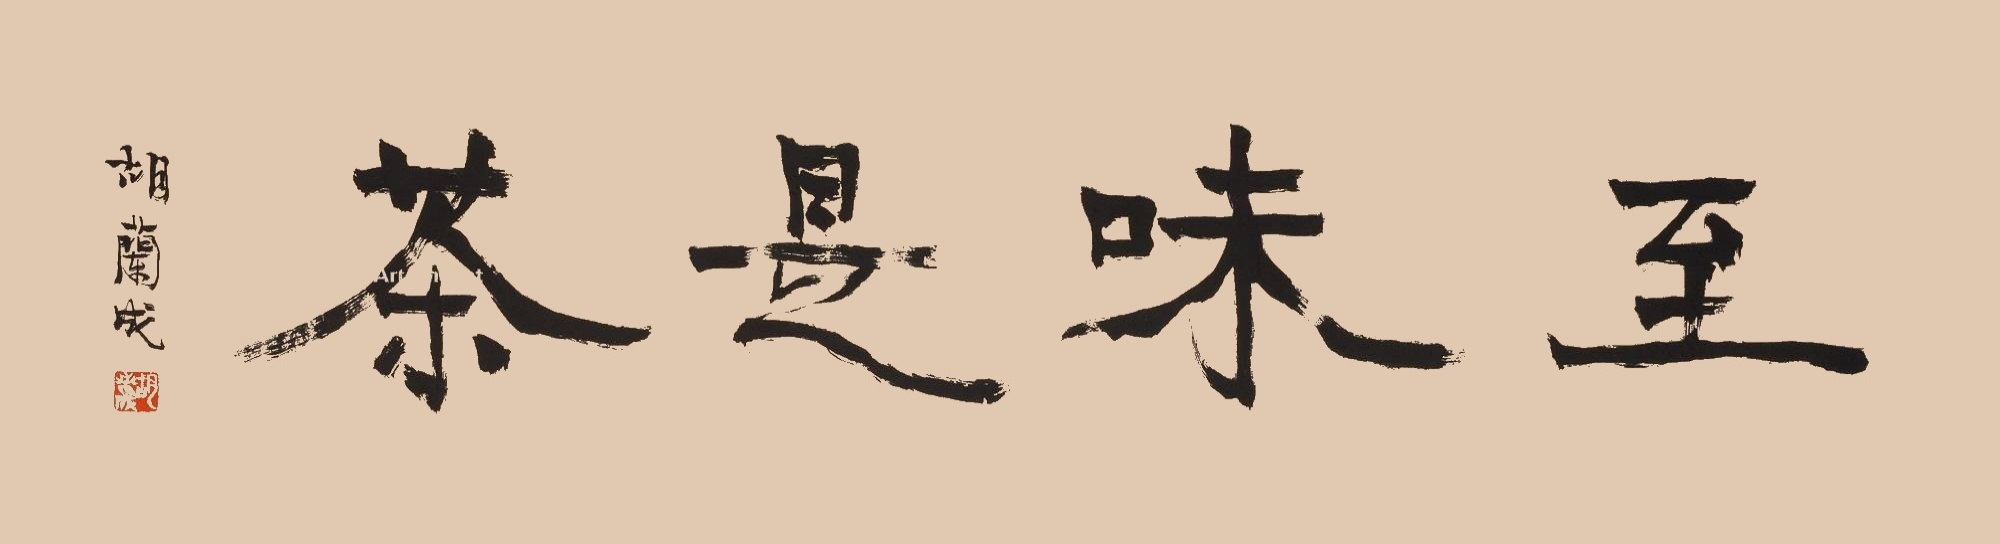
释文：至味是茶胡兰成